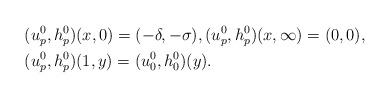
LaTeX: \begin{align*} &(u_p^0,h_p^0)(x,0)=(-\delta,-\sigma),(u_p^0,h_p^0)(x,\infty)=(0,0),\\ &(u_p^0,h_p^0)(1,y)=(u_0^0,h_0^0)(y).\end{align*}